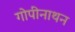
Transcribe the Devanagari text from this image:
गोपीनाथन